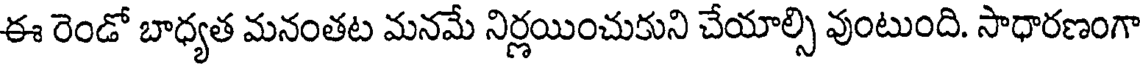
ఈ రెండో బాధ్యత మనంతట మనమే నిర్ణయించుకుని చేయాల్సి వుంటుంది. సాధారణంగా